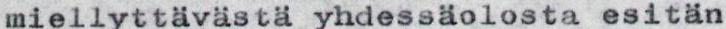
miellyttävästä yhdessäolosta esitän